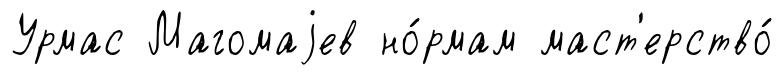
Урмас Магомаjев но́рмам маст'ерство́